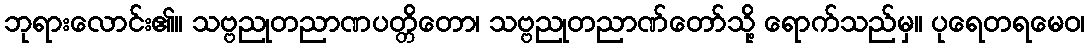
ဘုရားလောင်း၏။ သဗ္ဗညုတညာဏပတ္တိတော၊ သဗ္ဗညုတညာဏ်တော်သို့ ရောက်သည်မှ။ ပုရေတရမေဝ၊